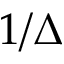
1 / \Delta